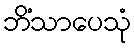
ဘိံသာပေသုံ